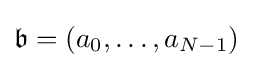
{\mathfrak {b}}=(a_{0},\ldots ,a_{N-1})